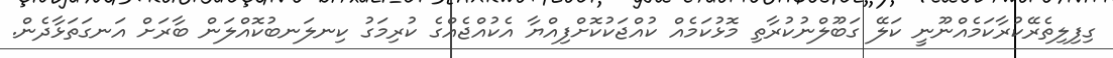
ގިފިލިތެރޭކުރާކަމެއްނޫނީ ކަލޭ ގަބޫލްނުކުރާތި މޮޅުކަމެއް ކުއްޖަކުކޮށްފިއްޔާ އެކުއްޖެއްގެ ކުރިމަގު ކިނލަނބުކޮއްލަން ބާރަށް އަނގަތަޅާދެން.